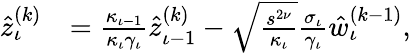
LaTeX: \begin{array}{rl}{\hat{z}_{\iota}^{(k)}}&{=\frac{\kappa_{{\iota}-1}}{\kappa_{\iota}\gamma_{\iota}}\hat{z}_{{\iota}-1}^{(k)}-\sqrt{\frac{s^{2\nu}}{\kappa_{\iota}}}\frac{\sigma_{\iota}}{\gamma_{\iota}}\hat{w}_{\iota}^{(k-1)},}\end{array}